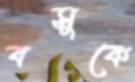
বসুকে